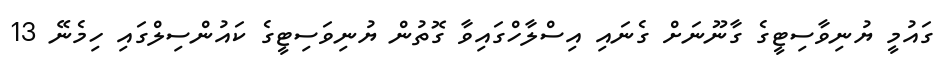
ގައުމީ ޔުނިވާސިޓީގެ ގާނޫނަށް ގެނައި އިސްލާހްގައިވާ ގޮތުން ޔުނިވަސިިޓީގެ ކައުންސިލްގައި ހިމެނޭ 13